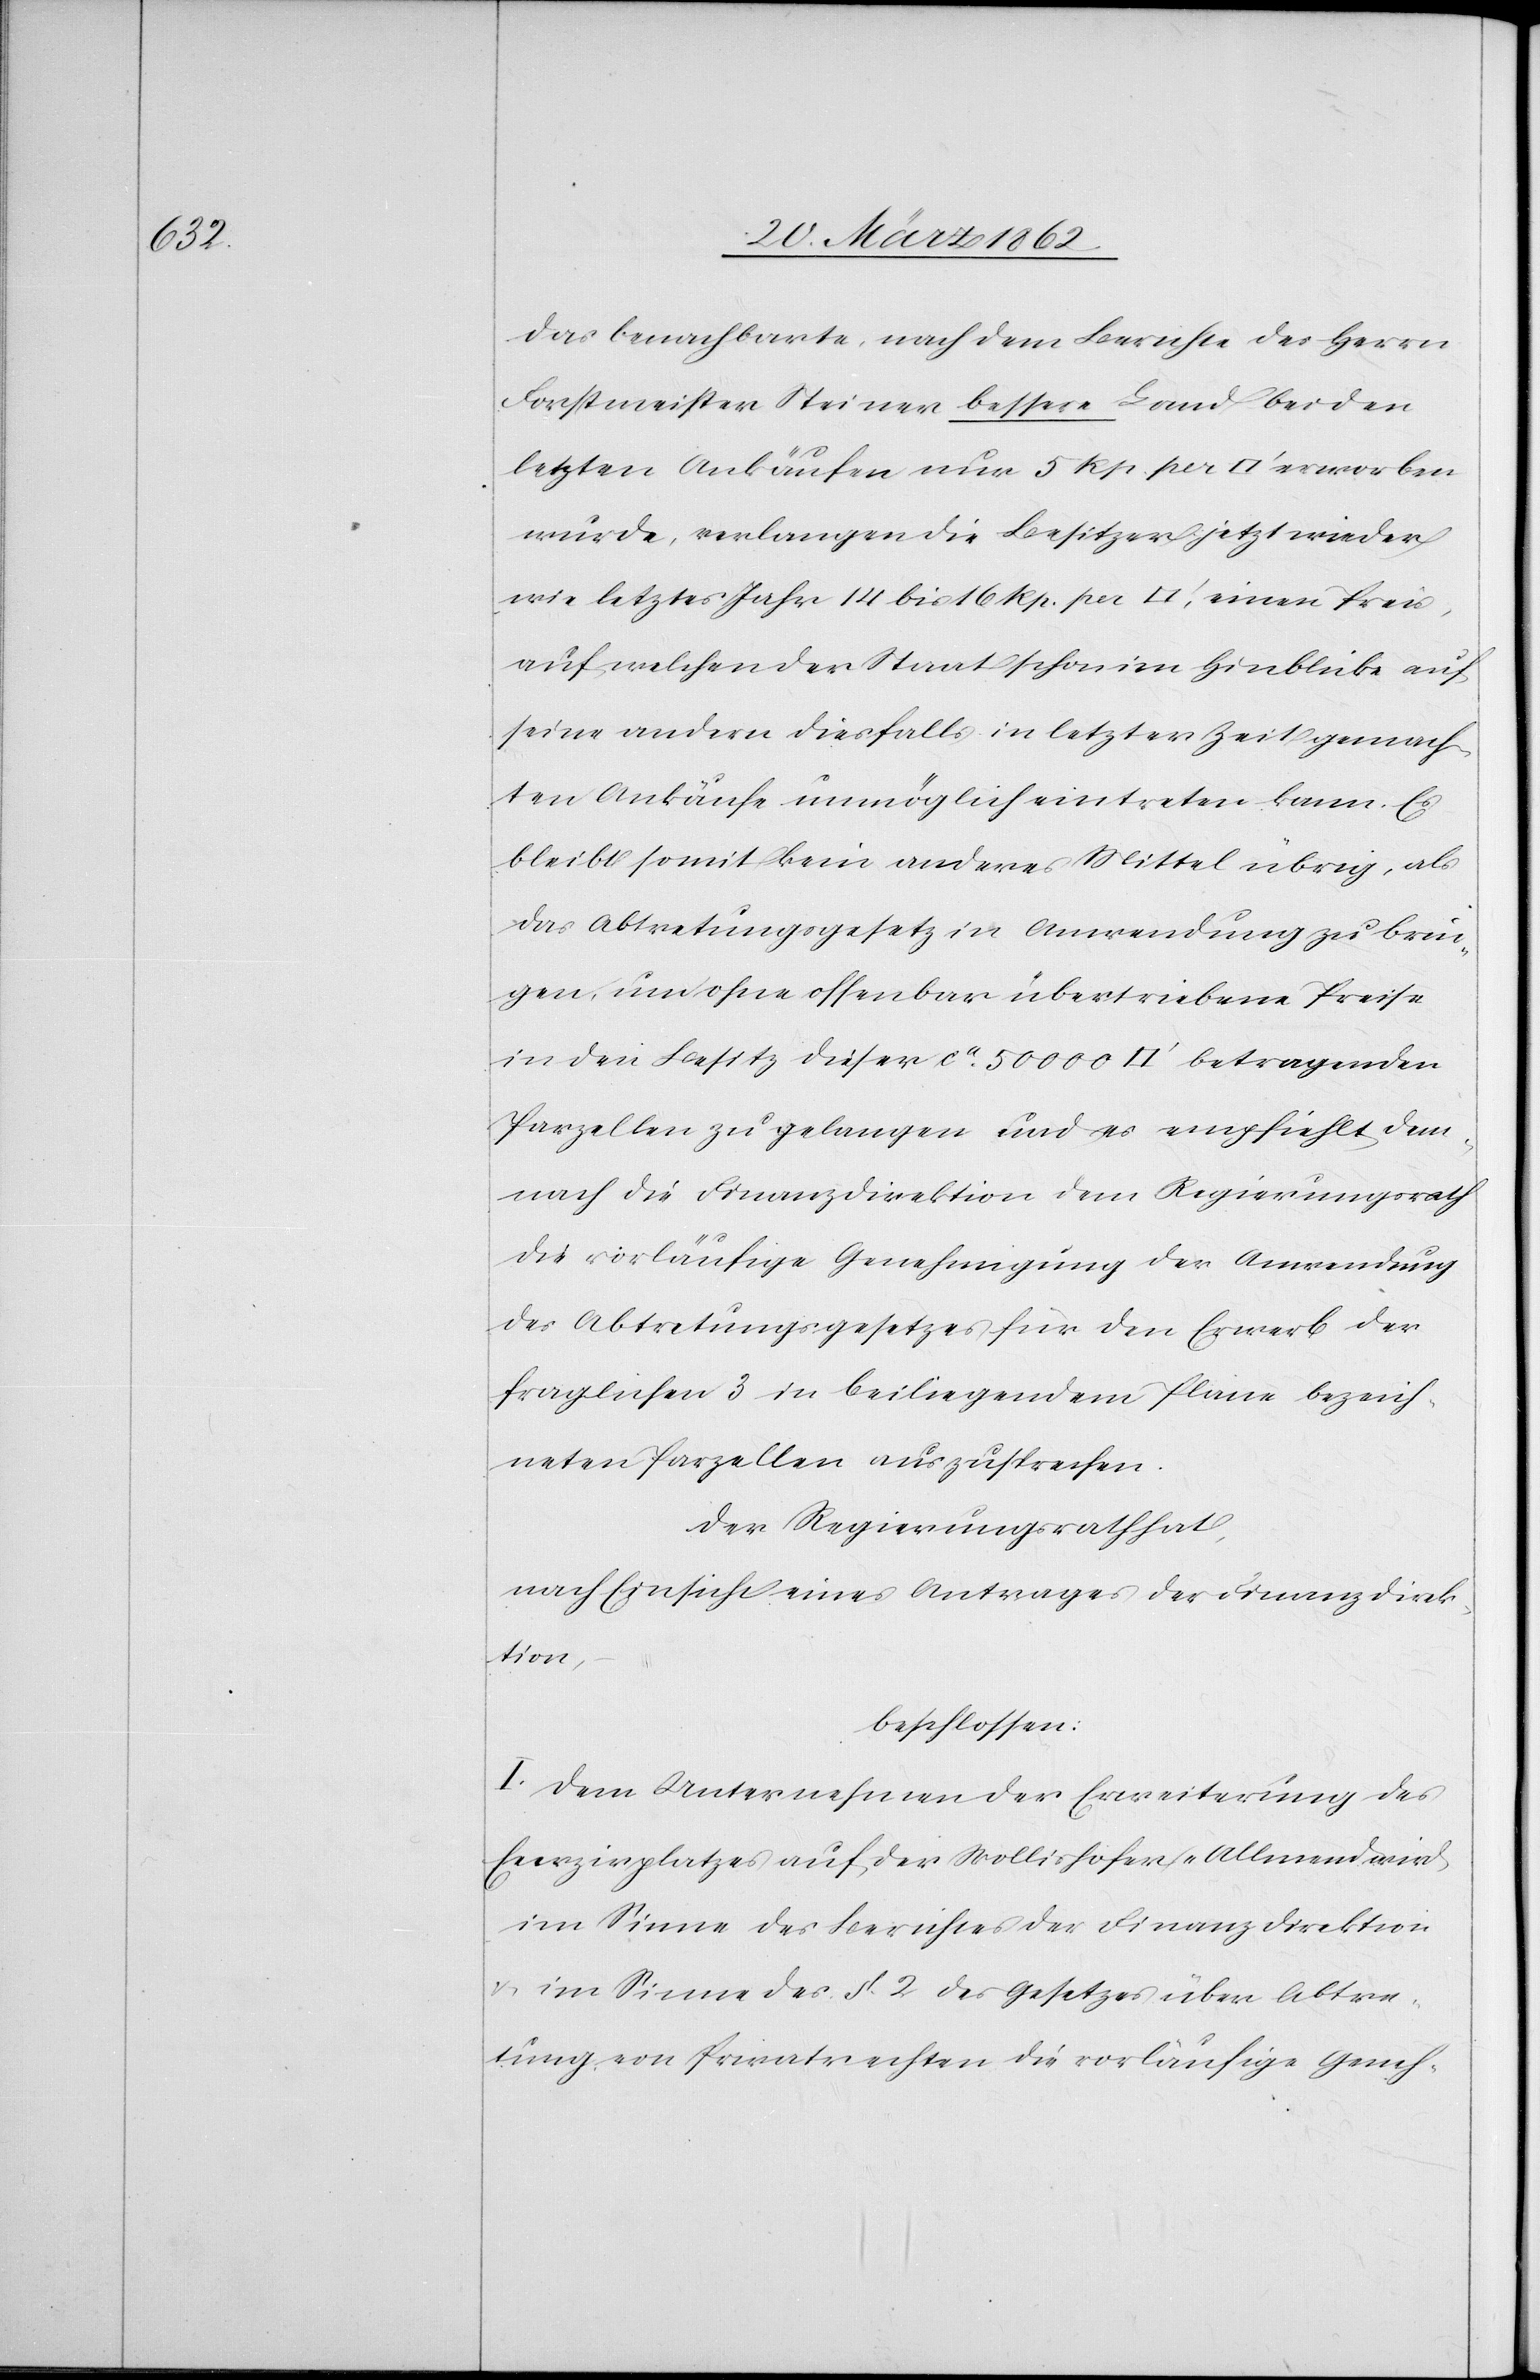
das benachbarte, nach dem Berichte des Herrn
Forstmeister Steiner bessere Land bei den
letzten Ankäufen nur 5 Rp. per [Quadratfuss] erworben
wurde, verlangen die Besitzer jetzt wieder
wie letztes Jahr 14 bis 16 Rp. per [Quadratfuss], einen Preis,
auf welchen der Staat schon im Hinblick auf
seine andern diesfalls in letzter Zeit gemach¬
ten Ankäufe unmöglich eintreten kann. Es
bleibt somit kein anderes Mittel übrig, als
das Abtretungsgesetz in Anwendung zu brin¬
gen, um ohne offenbar übertriebene Preise
in den Besitz dieser ca. 50 000 [Quadratfuss] betragenden
Parzellen zu gelangen und es empfiehlt dem¬
nach die Finanzdirektion dem Regierungsrath
die vorläufige Genehmigung der Anwendung
des Abtretungsgesetzes für den Erwerb der
fraglichen 3 in beiliegendem Plane bezeich¬
neten Parzellen auszusprechen.
Der Regierungsrath hat,
nach Einsicht eines Antrages der Finanzdirek¬
tion,
beschlossen:
I. Dem Unternehmen der Erweiterung des
Exerzirplatzes auf der Wollishofer-Allmend wird
im Sinne des Berichtes der Finanzdirektion
u. im Sinne des §. 2 des Gesetzes über Abtre¬
tung von Privatrechten die vorläufige Geneh-